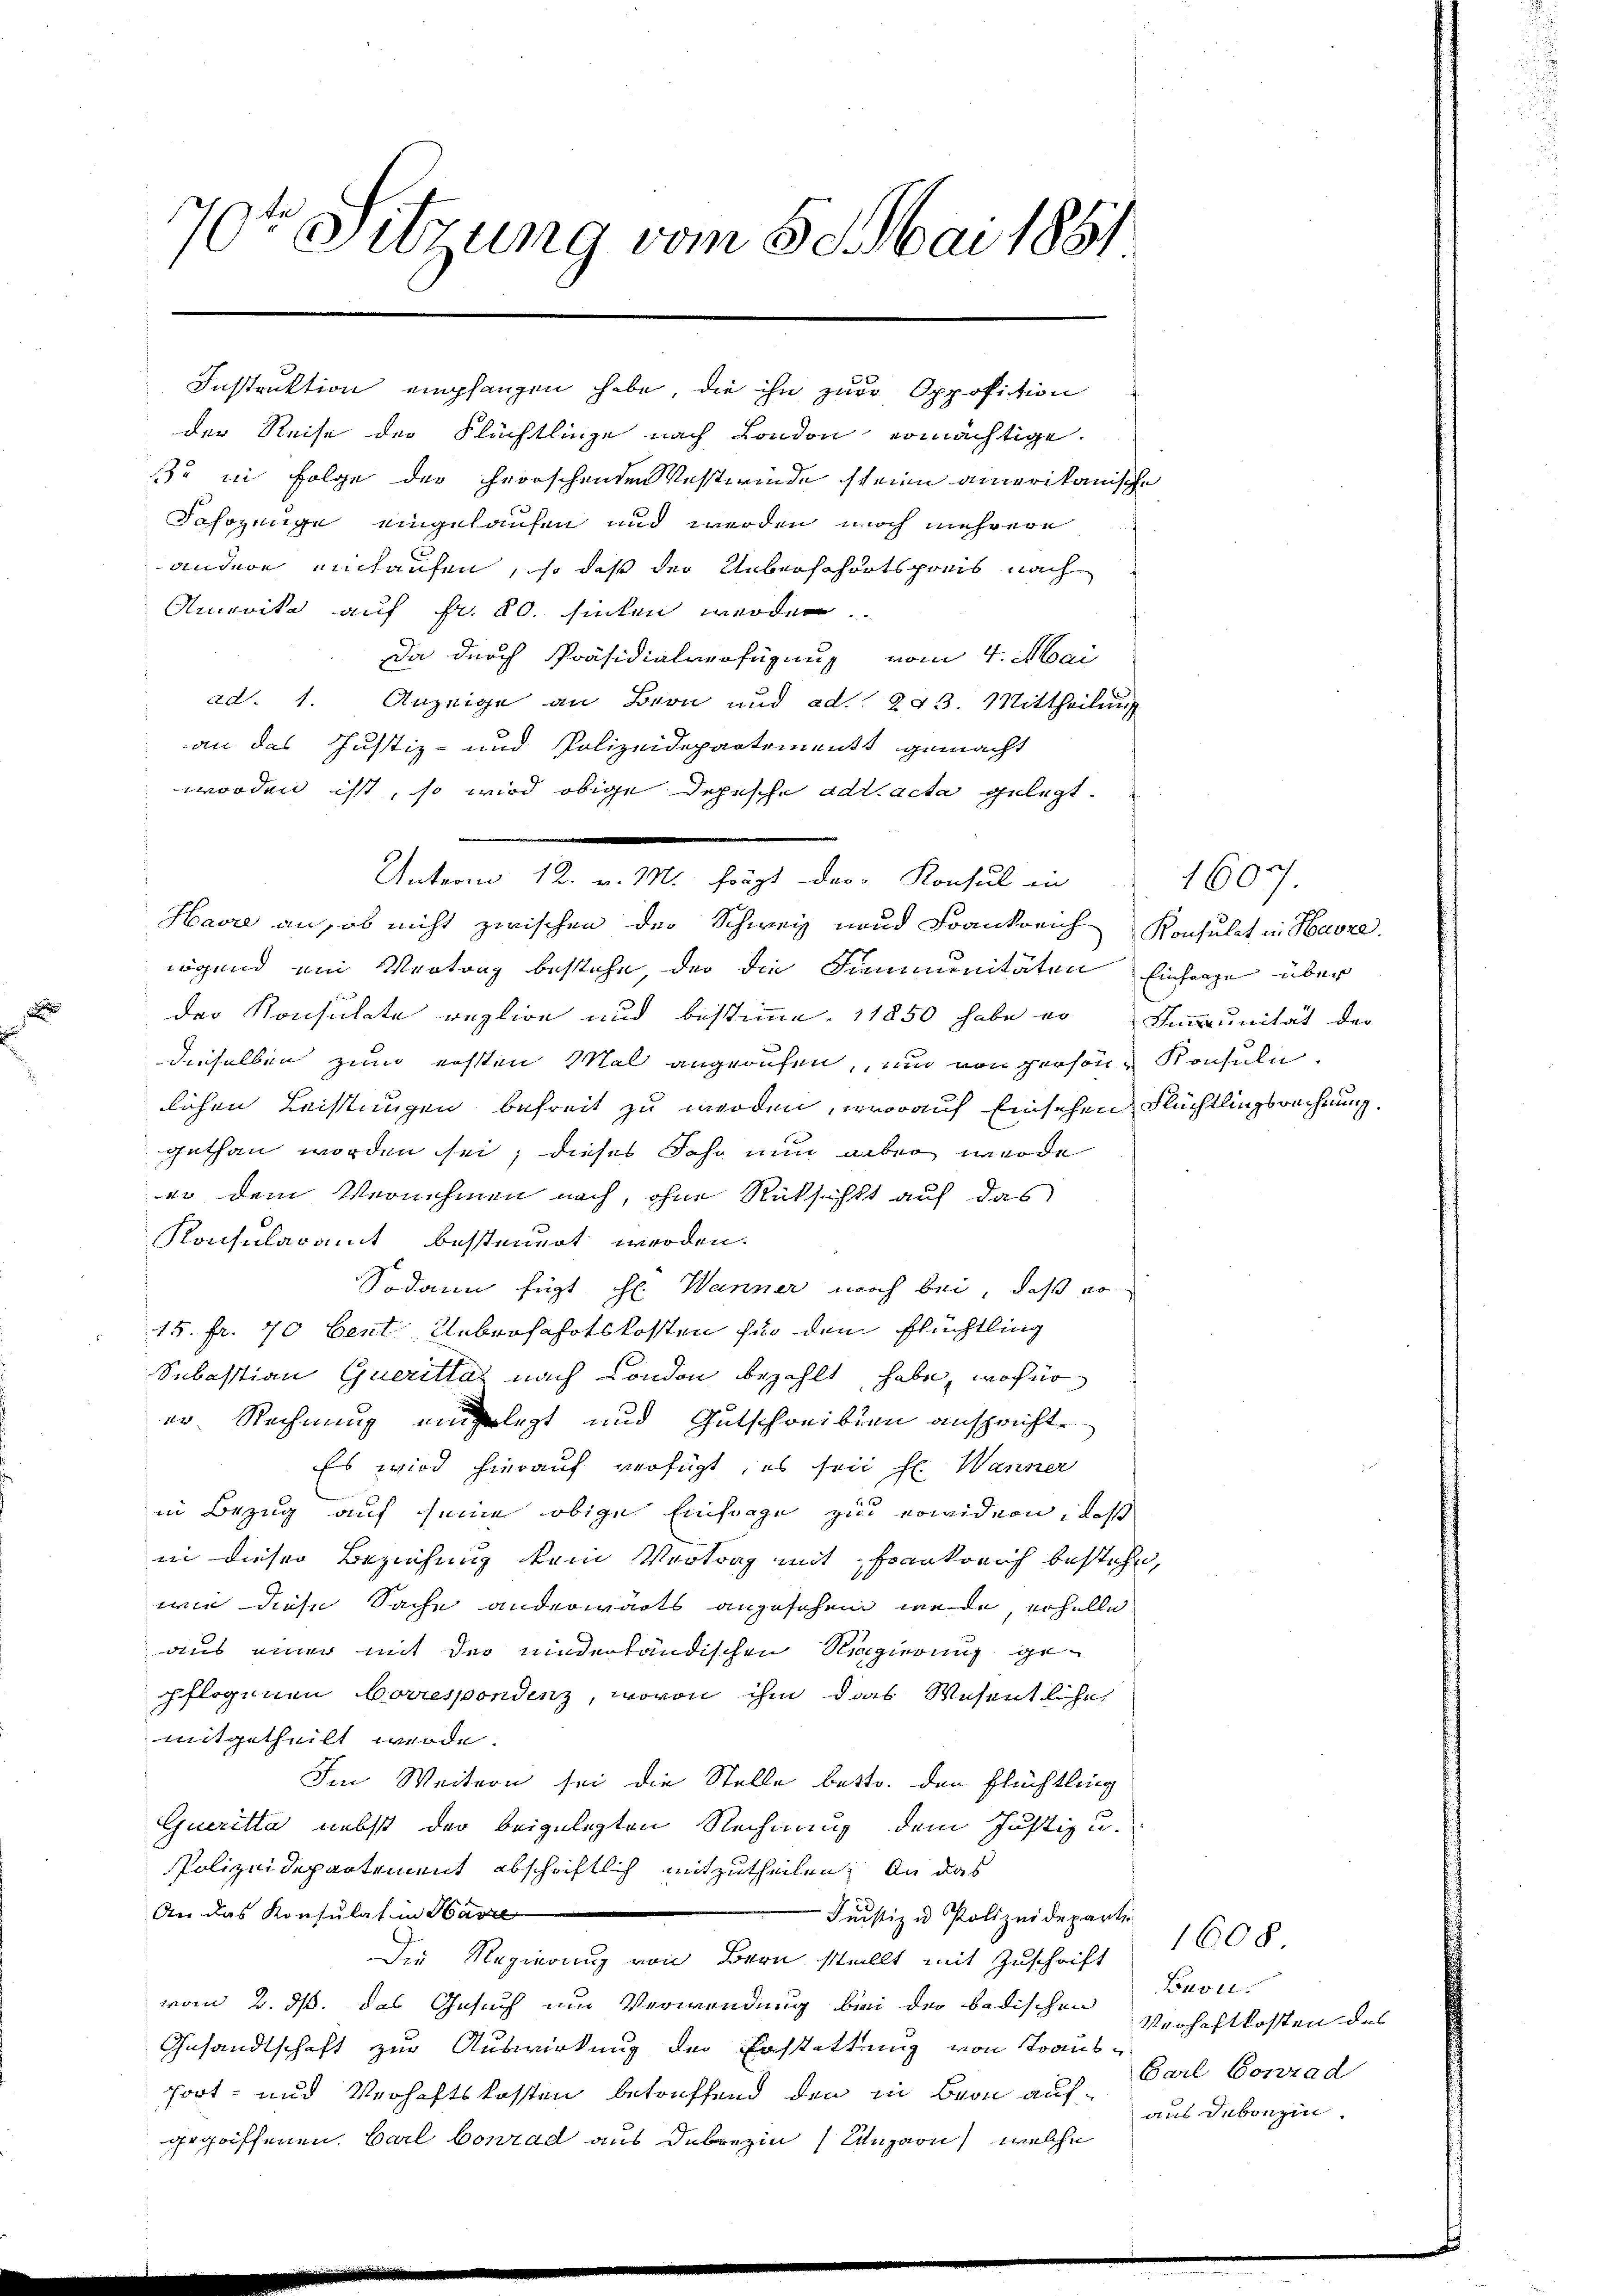
70te Sitzung vom 8. Mai 1881

Seiteren u. sagt, den Machet und

Instruktion empfangen habe, die ihn zur Opposition
der Reise der Flüchtlinge nach London ermächtige.
32 in Folge der herrschenden Westwinde schrien amerikanische
Jchözenge eingelaufen und werden noch mehrere
andere einkaufen, so daß der Ueberschortspreis nach
Amerika auf fr. 20. hinten werden.
Da durch Präsidialverfügung vom 4. Mai
ad. 1. Anzeige an Bern und ad. 243. Mittheilung
an das Justiz- und Polizeidepartement gemacht
worden ist, so wird obige Depesche ad acta gelegt.
Havre an, ob nicht zwischen der Schweiz und Frankreich Konsulat in Havre
iögend am Vertrag bestehe, der die Simmunitäten Einharge über
der Konsulate reglige und bestimme. 11850 habe er Immunität der
dieselben zum ersten Mal angerufen, und von person Konsuln.
lichen Leistungen befreit zu werden, worauf Einsehen Flüchtlingsrechnung.
gethan worden sei; dieses Jahr nun aber werde
eo dem Vernehmen nach, ohne Rücksicht auf das
Konsularamt besteuert werden.
Sodann fügt Hr. Warner noch bei, daß er
15. Fr. 70 bent. Unbroschotskosten für den Flüchtling
Sebastian Querital nach London bezahlt habe, wofür
er Rechnung enlegt und Gutschreiben ansprichte
Es wird hierauf verfügt, es sein hl. Wanner
in Bezug auf seine obige Einfrage zu erwidern, daß
in dieser Beziehung kein Vertrag mit Frankreich bestehe,
wie diese Sache anderwärts angesehen werde, erhelle
aus einer mit der niederländischen Reppierung gepflogenen Correspondenz, wovon ihm das Wesentliche
mitgetheilt werde.
Im Weitern sei die Stelle bestr. den Flüchtling
Gueritta nebst der beigelegten Rechnung dem Justiz u.
Polizeidepartement abschriftlich mitzutheilen; An das
An das Konsulat in Harze
Justiz u. Polizeideparti
Die Regierung von Bern stellt mit Zuschrift
vom 2. ds. das Gesuch um Verwendung bei der badischen Beon¬
Gesandtschaft zur Auswirkung der Erstattung von Traus-
Fort- und Verhaftskosten betreffend den in Bern aufgegriffenen Carl Conrad aus derein Ungarn, welche

1607.

1608
Verhaftkosten des
Carl Conrad
aus debonzin.